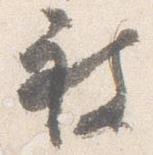
被